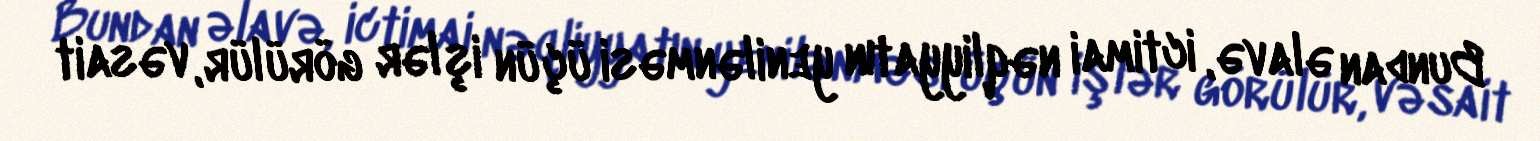
Bundan əlavə, ictimai nəqliyyatın yenilənməsi üçün işlər görülür, vəsait